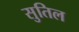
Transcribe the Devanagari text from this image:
सुतिल